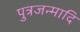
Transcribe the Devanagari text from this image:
पुत्रजन्मादि